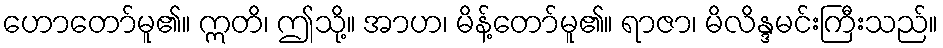
ဟောတော်မူ၏။ ဣတိ၊ ဤသို့။ အာဟ၊ မိန့်တော်မူ၏။ ရာဇာ၊ မိလိန္ဒမင်းကြီးသည်။